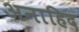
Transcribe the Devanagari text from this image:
अनाहिद